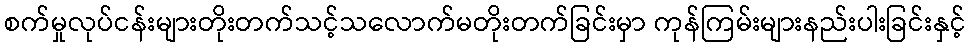
စက်မှုလုပ်ငန်းများတိုးတက်သင့်သလောက်မတိုးတက်ခြင်းမှာ ကုန်ကြမ်းများနည်းပါးခြင်းနှင့်